Civil Veterinary Dept. North-West Frontier Province 1933-46 - 1933-1946
Year: 1933
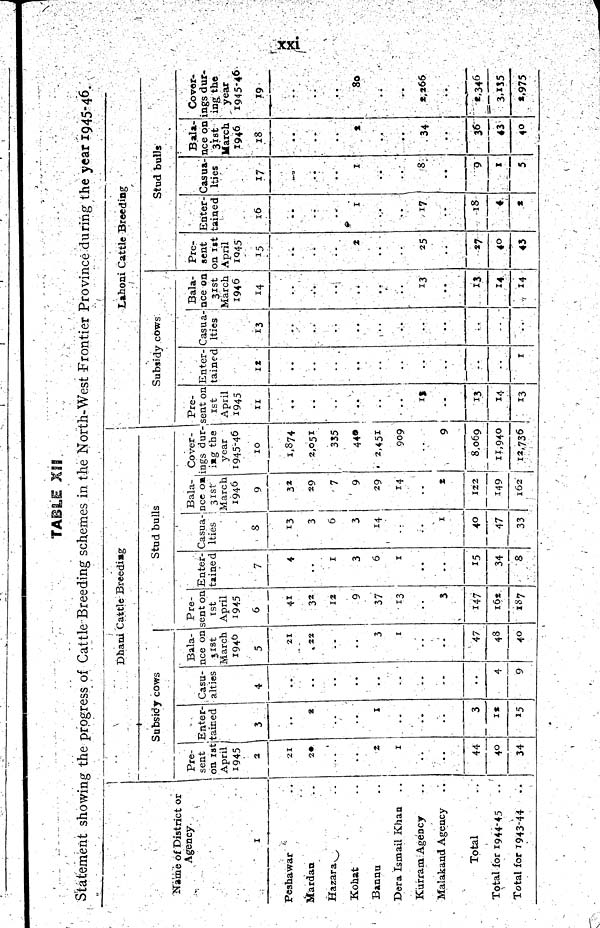
xxi
TABLE XII
Statement showing the progress of Cattle Breeding schemes in the North-West Frontier Province during the year 1945-46.
Name of District or
Agency.
1
Peshawar ..
Mardan ..
Hazara ..
Kohat ..
Bannu ..
Dera Ismail Khan ..
Kurram Agency ..
Malakand Agency ..
Total ..
Total for 1944-45 ..
Total for 1943-44 ..
Dhani Cattle Breeding
Subsidy cows
Pre-
sent
on 1st
April
1945
2
21
20
..
..
2
1
..
..
44
40
34
Enter-
tained
3
..
2
..
..
1
..
..
..
3
12
15
Casu-
alties
4
..
..
..
..
..
..
..
..
..
4
9
Bala-
nce on
31st
March
1946
5
21
22
..
..
3
1
..
..
47
48
40
Stud bulls
Pre-
sent on
1st
April
1945
6
41
32
12
9
37
13
..
3
147
162
187
Enter-
tained
7
4
..
1
3
6
1
..
..
15
34
8
Casua-
lties
8
13
3
6
3
14
..
..
1
40
47
33
Bala-
nce on
31st
March
1946
9
32
29
7
9
29
14
..
2
122
149
162
Cover-
ings dur-
ing the
year
1945-46
10
1,874
2,051
335
440
2,451
909
..
9
8,069
11,940
12,736
Lahoni Cattle Breeding
Subsidy cows
Pre-
sent on
1st
April
1945
11
..
..
..
..
..
..
13
..
13
14
13
Enter-
tained
12
..
..
..
..
..
..
..
..
..
..
1
Casua-
lties
13
..
..
..
..
..
..
..
..
..
..
..
Bala-
nce on
31st
March
1946
14
..
..
..
..
..
..
13
..
13
14
14
Stud bulls
Pre-
sent
on 1st
April
1945
15
..
..
..
2
..
..
25
..
27
40
43
Enter-
tained
16
..
..
..
1
..
17
..
18
4
1
Casua-
lties
17
..
..
..
1
..
..
8
..
9
1
5
Bala-
nce on
31st
March
1946
18
..
..
..
1
..
..
34
..
36
43
40
Cover-
ings dur-
ing the
year
1945-46
19
..
..
..
80
..
..
2,266
..
2,346
3,135
2,975